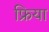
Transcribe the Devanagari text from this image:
फ्रिया